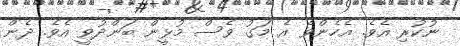
ނުކުރި އެވެ. އެހެންވެ އެ މަގު ވެސް މުޅީން ބަންދުވީ އެވެ. ދެން